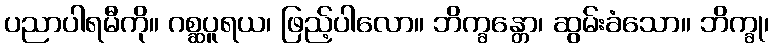
ပညာပါရမီကို။ ဂစ္ဆပူရယ၊ ဖြည့်ပါလော။ ဘိက္ခန္တော၊ ဆွမ်းခံသော။ ဘိက္ခု၊